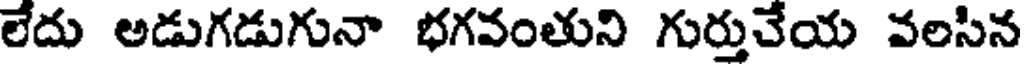
లేదు అడుగడుగునా భగవంతుని గుర్తుచేయ వలసిన